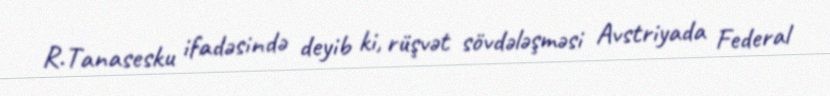
R.Tanasesku ifadəsində deyib ki, rüşvət sövdələşməsi Avstriyada Federal